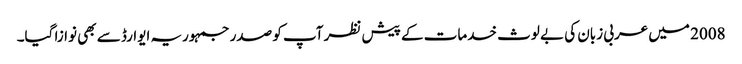
2008 میں عربی زبان کی بے لوث خدمات کے پیش نظر آپ کو صدر جمہوریہ ایوارڈ سے بھی نوازا گیا۔